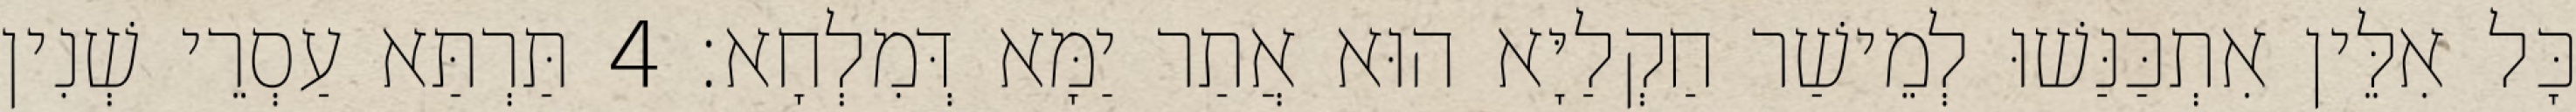
כָּל אִלֵּין אִתְכַּנַּשׁוּ לְמֵישַׁר חַקְלַיָּא הוּא אֲתַר יַמָּא דְּמִלְחָא׃ 4 תַּרְתַּא עַסְרֵי שְׁנִין